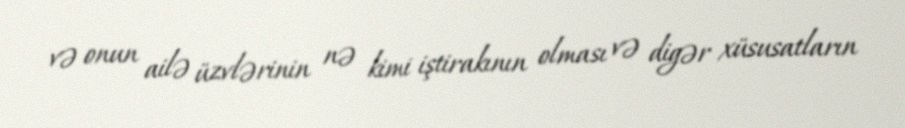
və onun ailə üzvlərinin nə kimi iştirakının olması və digər xüsusatların